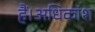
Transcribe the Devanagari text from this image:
हैं।अधिकांश